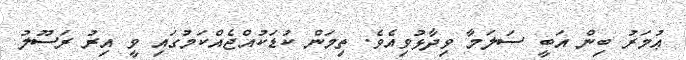
ޢުމަރު ބިން އަބީ ސަލަމާ ވިދާޅުވިއެވެ. ތިމަން ކުޑަކުއްޖެއްކަމުގައި ވީ އިރު ރަސޫލު